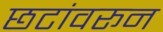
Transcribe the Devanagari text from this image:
छटांवरून